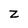
Character: z